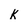
Character: k